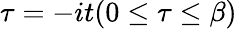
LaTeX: \tau=-it(0\leq\tau\leq\beta)